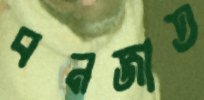
বনজাত